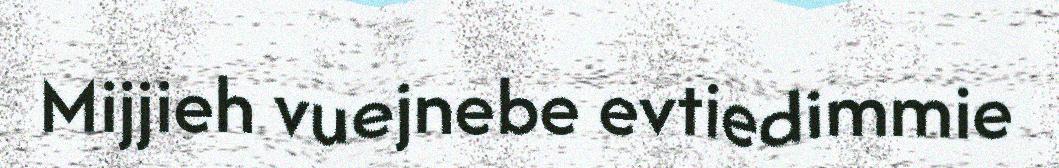
Mijjieh vuejnebe evtiedimmie